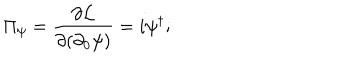
\Pi _ { \psi } = \frac { \partial { \cal { L } } } { \partial ( \partial _ { 0 } \psi ) } = i \psi ^ { \dagger } ;